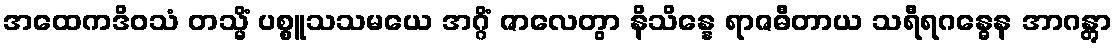
အထေကဒိဝသံ တသ္မိံ ပစ္စူသသမယေ အဂ္ဂိံ ဇာလေတွာ နိသိန္နေ ရာဇဓီတာယ သရီရဂန္ဓေန အာဂန္တွာ